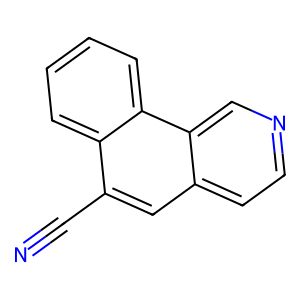
SMILES: N#Cc1cc2ccncc2c2ccccc12
Inhibits HIV replication: No